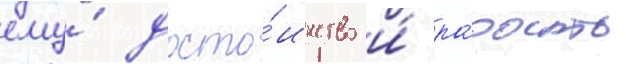
ему́ досто́инство и́ ра́дость